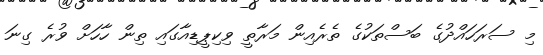
މި ސަރަހައްދުގެ ބަސްތަކުގެ ތެރެއިން މަރާތީ ވިކިޕީޑިއާގައި ތިން ހާހަށް ވުރެ ގިނަ